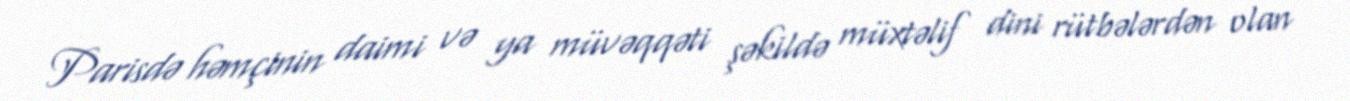
Parisdə həmçinin daimi və ya müvəqqəti şəkildə müxtəlif dini rütbələrdən olan